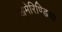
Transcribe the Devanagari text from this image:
अमेरिण्डिया